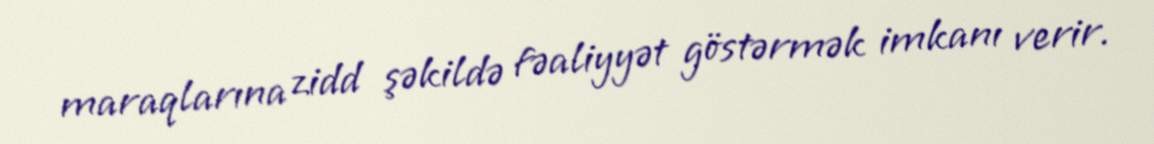
maraqlarına zidd şəkildə fəaliyyət göstərmək imkanı verir.